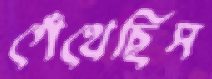
গেঁথেছিস